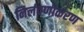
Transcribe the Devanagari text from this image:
निर्लवणीकरण